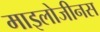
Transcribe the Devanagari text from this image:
माइलोजीनस